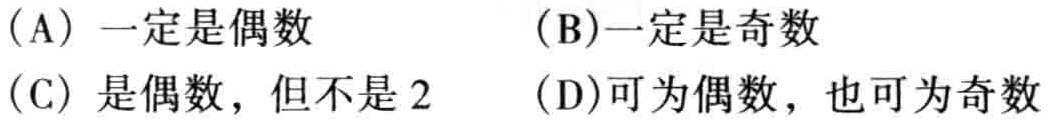
（A）一定是偶数  （B）一定是奇数
（C）是偶数，但不是 2  （D）可为偶数，也可为奇数